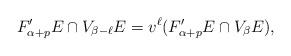
LaTeX: \begin{align*}F'_{\alpha+p}E\cap V_{\beta-\ell}E=v^\ell(F'_{\alpha+p}E\cap V_\beta E),\end{align*}